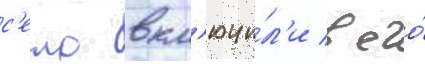
с'ело вкл'ючи́л'и в его́